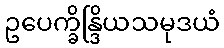
ဥပေက္ခိန္ဒြိယသမုဒယံ